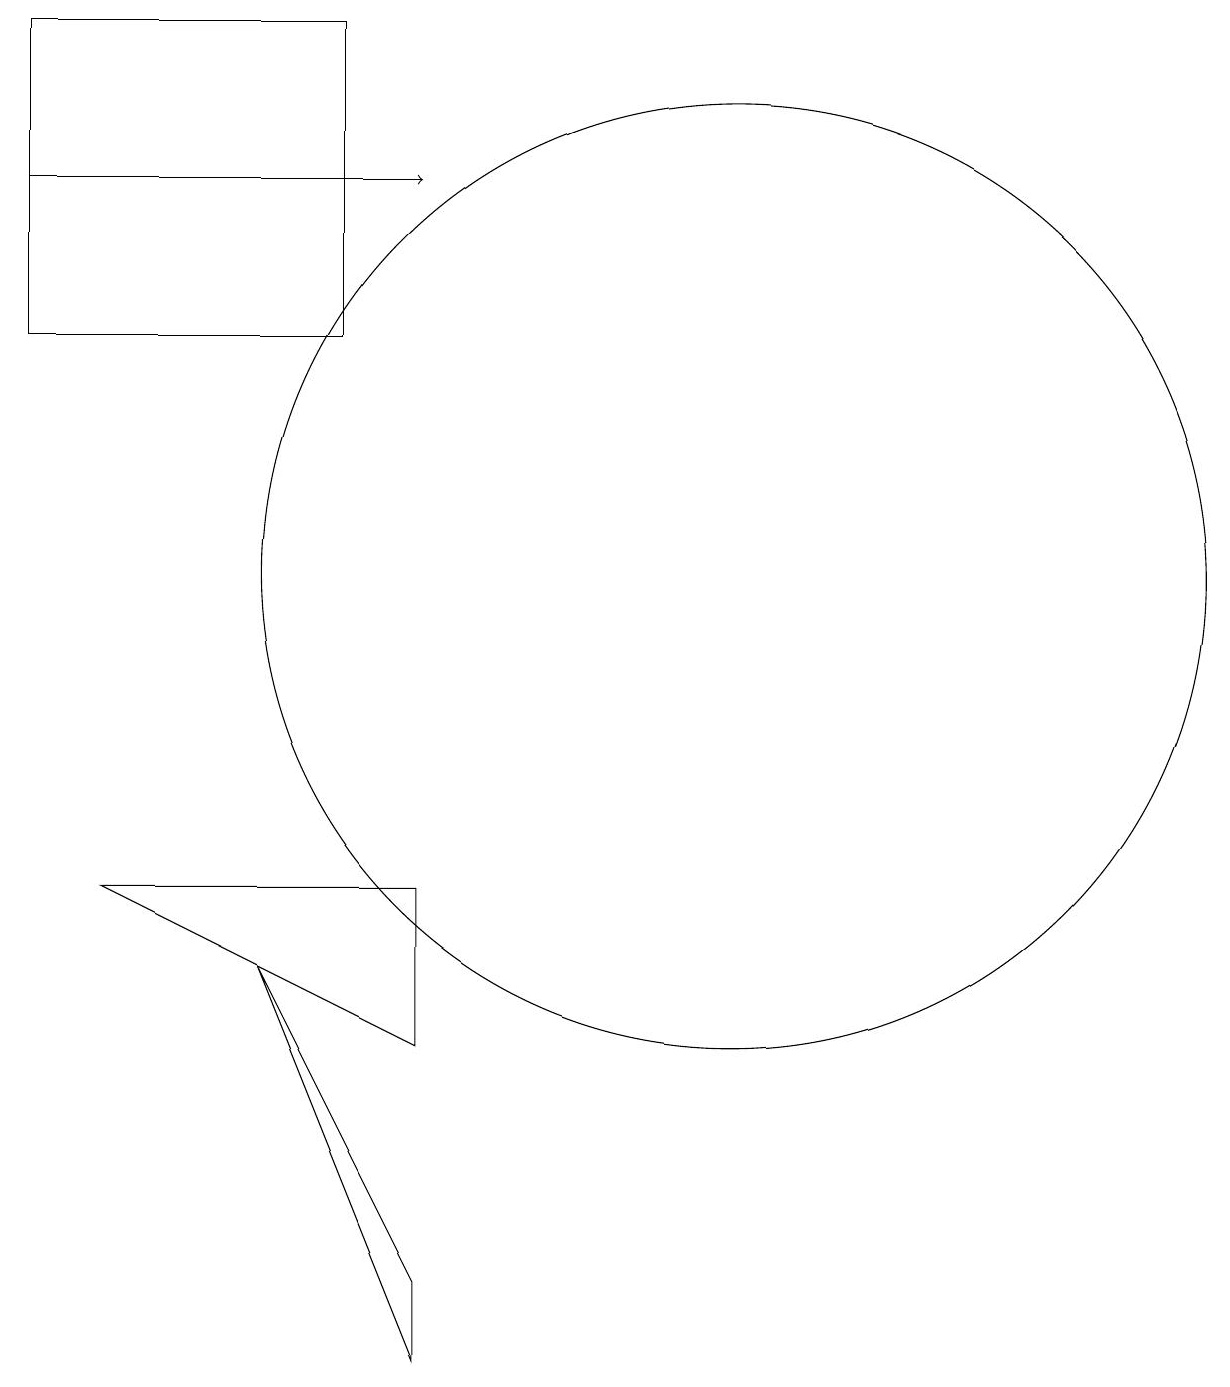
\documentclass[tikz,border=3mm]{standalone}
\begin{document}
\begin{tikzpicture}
\draw (6,3) -- (6,2) -- (4,7) -- cycle;
\draw (2,8) -- (6,6) -- (6,8) -- cycle;
\draw (1,15) rectangle (5,19);
\draw (10,12) circle (6);
\draw[->] (1,17) -- (6,17);
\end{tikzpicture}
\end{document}